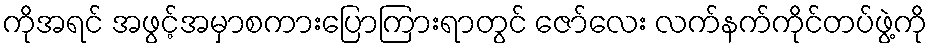
ကိုအရင် အဖွင့်အမှာစကားပြောကြားရာတွင် ဇော်လေး လက်နက်ကိုင်တပ်ဖွဲ့ကို